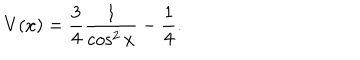
LaTeX: V ( x ) = \frac { 3 } { 4 } \frac { 1 } { \cos ^ { 2 } x } - \frac { 1 } { 4 } .